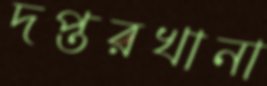
দপ্তরখানা